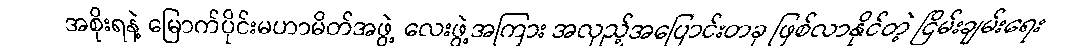
အစိုးရနဲ့ မြောက်ပိုင်းမဟာမိတ်အဖွဲ့ လေးဖွဲ့အကြား အလှည့်အပြောင်းတခု ဖြစ်လာနိုင်တဲ့ ငြိမ်းချမ်းရေး